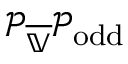
\mathcal { P } _ { \overline { { \mathbb { V } } } } \mathcal { P } _ { \mathrm { o d d } }